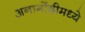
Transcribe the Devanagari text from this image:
अनागोंदीमध्ये